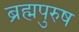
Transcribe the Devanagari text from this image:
ब्रह्मपुरुष